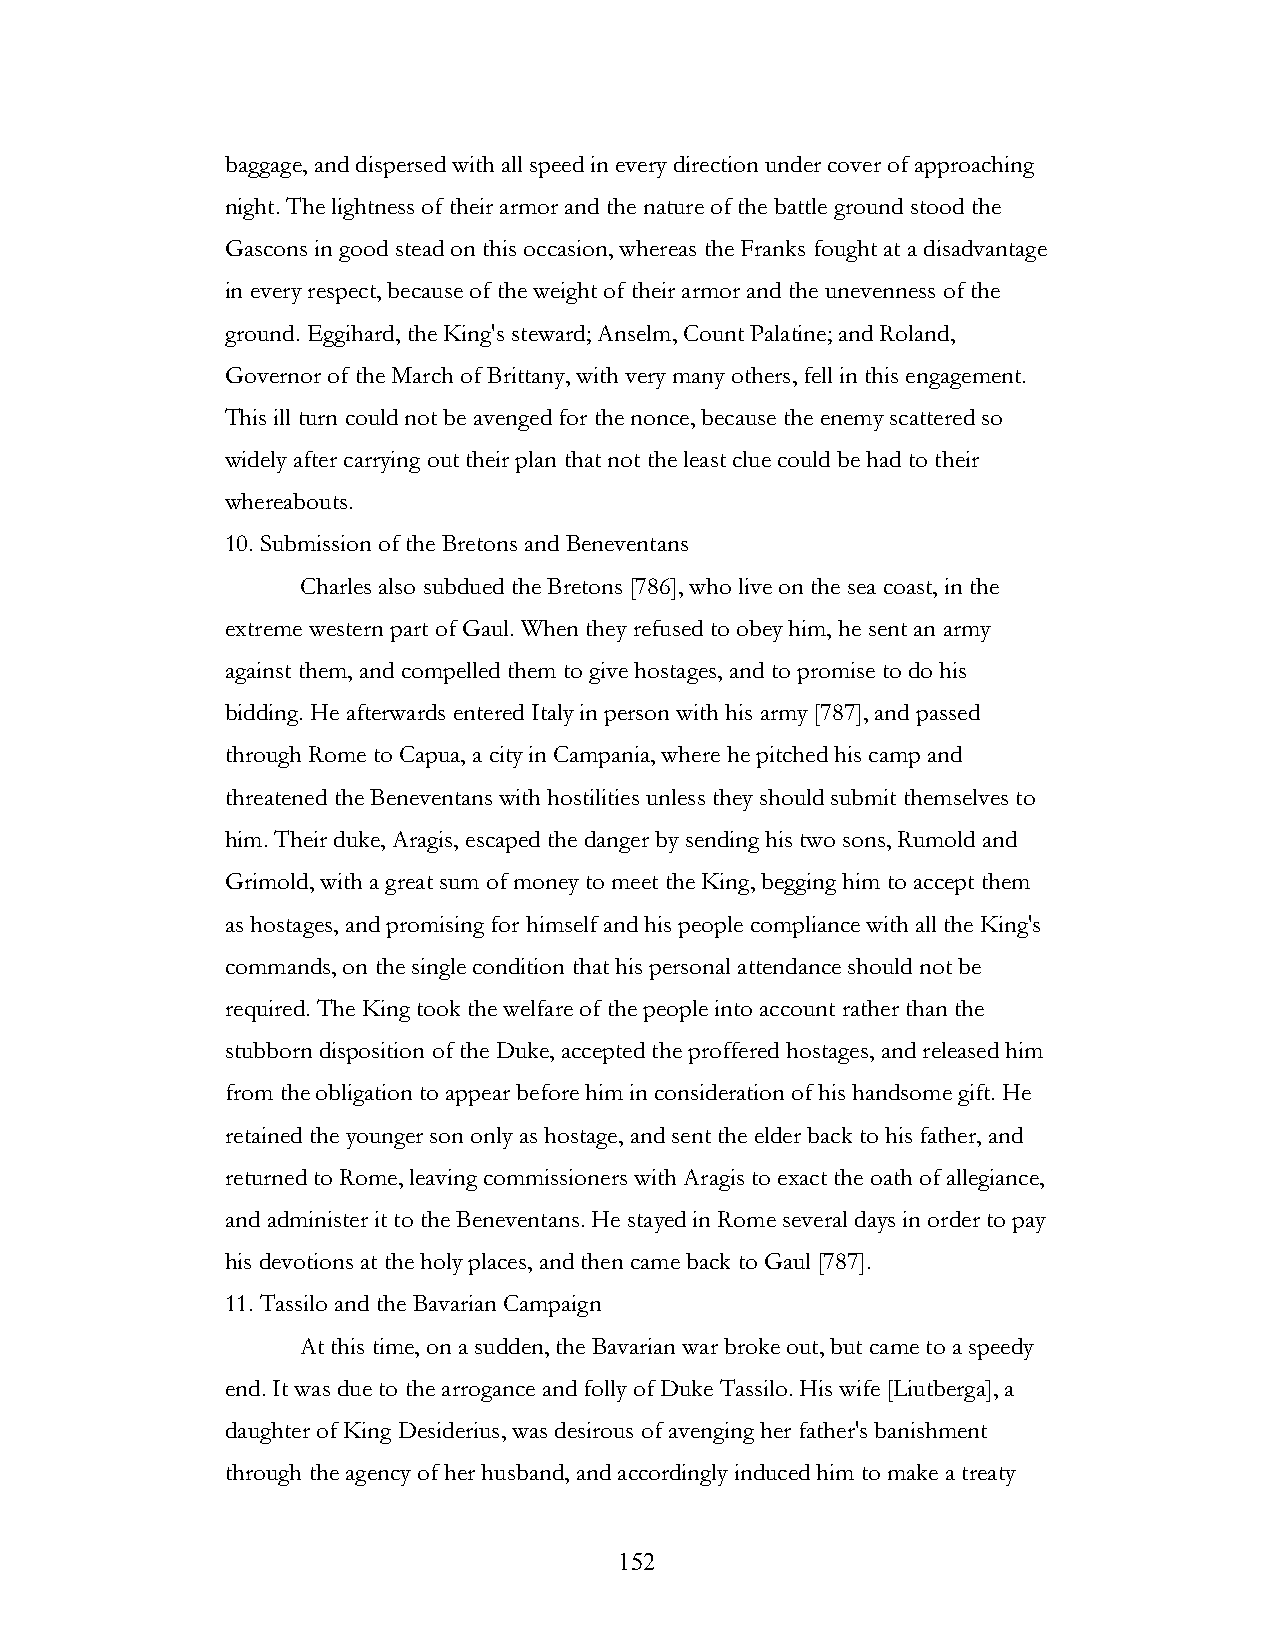
baggage, and dispersed with all speed in every direction under cover of approaching
 night. The lightness of their armor and the nature of the battle ground stood the
 Gascons in good stead on this occasion, whereas the Franks fought at a disadvantage
 in every respect, because of the weight of their armor and the unevenness of the
 ground. Eggihard, the King's steward; Anselm, Count Palatine; and Roland,
 Governor of the March of Brittany, with very many others, fell in this engagement.
 This ill turn could not be avenged for the nonce, because the enemy scattered so
 widely after carrying out their plan that not the least clue could be had to their
 whereabouts.
 10. Submission of the Bretons and Beneventans
 Charles also subdued the Bretons [786], who live on the sea coast, in the
 extreme western part of Gaul. When they refused to obey him, he sent an army
 against them, and compelled them to give hostages, and to promise to do his
 bidding. He afterwards entered Italy in person with his army [787], and passed
 through Rome to Capua, a city in Campania, where he pitched his camp and
 threatened the Beneventans with hostilities unless they should submit themselves to
 him. Their duke, Aragis, escaped the danger by sending his two sons, Rumold and
 Grimold, with a great sum of money to meet the King, begging him to accept them
 as hostages, and promising for himself and his people compliance with all the King's
 commands, on the single condition that his personal attendance should not be
 required. The King took the welfare of the people into account rather than the
 stubborn disposition of the Duke, accepted the proffered hostages, and released him
 from the obligation to appear before him in consideration of his handsome gift. He
 retained the younger son only as hostage, and sent the elder back to his father, and
 returned to Rome, leaving commissioners with Aragis to exact the oath of allegiance,
 and administer it to the Beneventans. He stayed in Rome several days in order to pay
 his devotions at the holy places, and then came back to Gaul [787].
 11. Tassilo and the Bavarian Campaign
 At this time, on a sudden, the Bavarian war broke out, but came to a speedy
 end. It was due to the arrogance and folly of Duke Tassilo. His wife [Liutberga], a
 daughter of King Desiderius, was desirous of avenging her father's banishment
 through the agency of her husband, and accordingly induced him to make a treaty
 !                         152